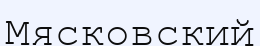
Мясковский